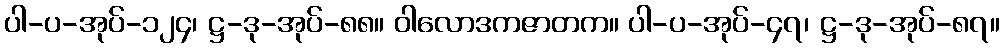
ပါ-ပ-အုပ်-၁၂၄၊ ဋ္ဌ-ဒု-အုပ်-၈၈။ ဝါလောဒကဇာတက။ ပါ-ပ-အုပ်-၄၇၊ ဋ္ဌ-ဒု-အုပ်-၈၇။